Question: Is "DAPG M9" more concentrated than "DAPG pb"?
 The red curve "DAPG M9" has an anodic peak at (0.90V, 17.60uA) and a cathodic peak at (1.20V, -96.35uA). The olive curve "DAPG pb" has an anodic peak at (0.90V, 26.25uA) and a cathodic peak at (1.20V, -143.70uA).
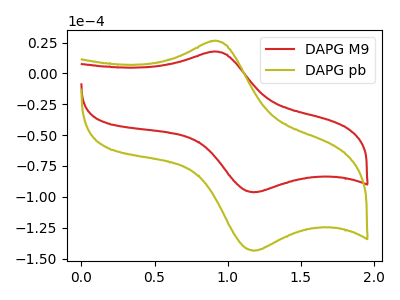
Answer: <think>All the peaks in "DAPG M9" have a peak in "DAPG pb" at the same potential. Every peak in "DAPG M9" is lower than every peak in "DAPG pb".
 </think>
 <answer>"DAPG M9" has less signal than "DAPG pb" and so likely has a lower concentration.</answer>
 <eval>less_concentration</eval>